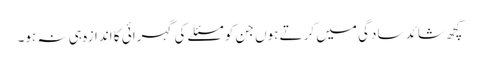
کچھ شائد سادگی میں کرتے ہوں جن کو مسئلے کی گہرائی کا اندازہ ہی نہ ہو۔